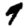
Digit: 9